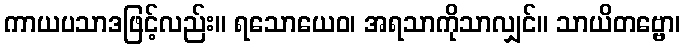
ကာယပသာဒဖြင့်လည်း။ ရသောယေဝ၊ အရသာကိုသာလျှင်။ သာယိတဗ္ဗော၊